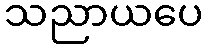
သညာယပေ